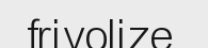
frivolize